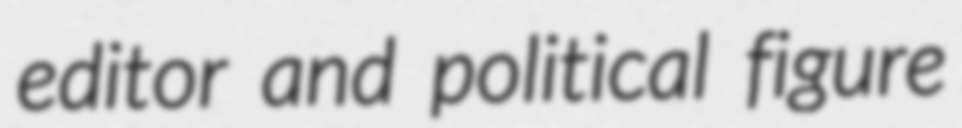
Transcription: editor and political figure